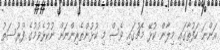
އަންނަ ހަފުތާގައި މިލާން ކުޅޭ މެޗުގައި ވެސް މި ކުޅުންތެރިންނަށް ނުކުޅެވުމުގެ ފުރުސަތު